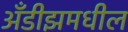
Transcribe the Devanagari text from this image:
अँडीझमधील